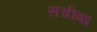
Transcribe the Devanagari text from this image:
सचीब्ध